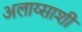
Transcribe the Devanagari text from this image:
अलाय्साशी